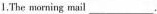
1.The morning muil___.